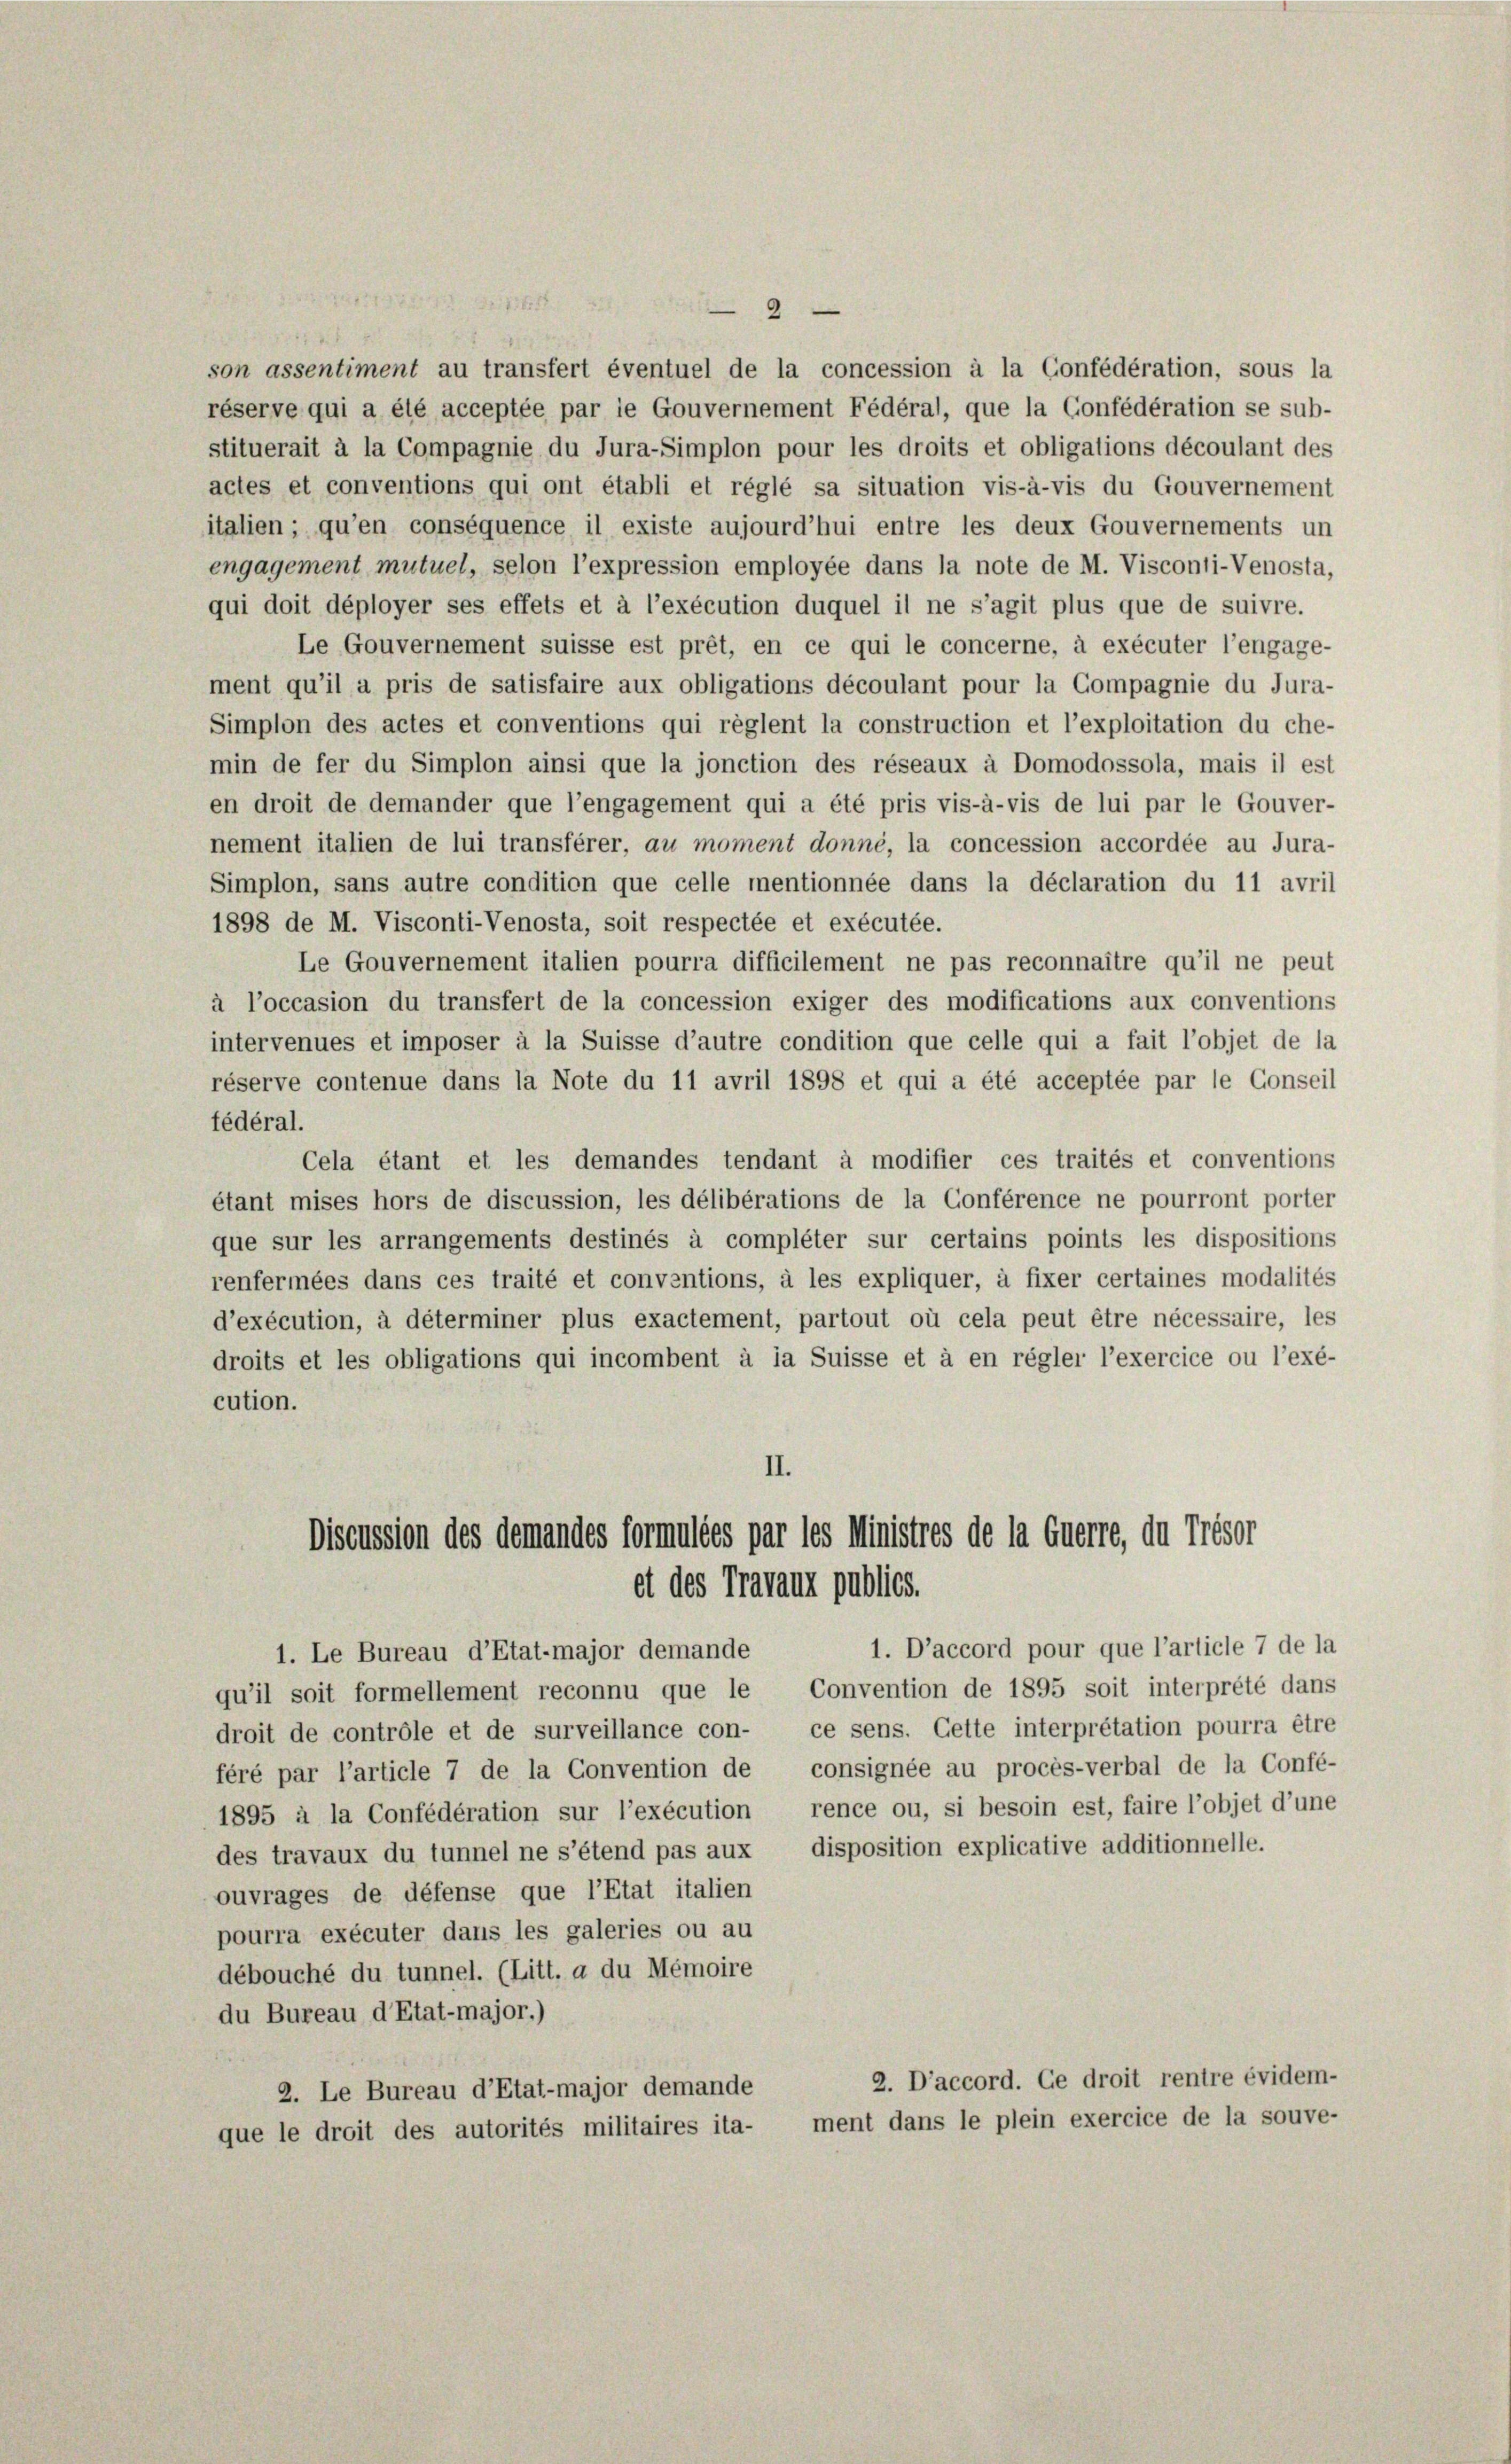
1898 de M. Visconti-Venosta, soit respectée et exécutée.
fédéral.

158
2
son assentiment au transfert éventuel de la concession à la Confédération, sous la
réserve qui a été acceptée par le Gouvernement Fédéral, que la Confédération se sub-
stituerait à la Compagnie du Jura-Simplon pour les droits et obligations découlant des
actes et conventions qui ont établi et réglé sa situation vis-à-vis du Gouvernement
italien ; qu’en conséquence il existe aujourd’hui entre les deux Gouvernements un
engagement mutuel, selon l’expression employée dans la note de M. Visconti-Venosta,
qui doit déployer ses effets et à l’exécution duquel il ne s’agit plus que de suivre.
Le Gouvernement suisse est prêt, en ce qui le concerne, à exécuter l’engage-
ment qu’il a pris de satisfaire aux obligations découlant pour la Compagnie du Jura-
Simplon des actes et conventions qui règlent la construction et l’exploitation du che-
min de fer du Simplon ainsi que la jonction des réseaux à Domodossola, mais il est
en droit de demander que l’engagement qui a été pris vis-à-vis de lui par le Gouver-
nement italien de lui transfèrer, au moment donné, la concession accordée au Jura-
Simplon, sans autre condition que celle mentionnée dans la déclaration du 11 avril
Le Gouvernement italien pourra difficilement ne pas reconnaître qu’il ne peut
à l’occasion du transfert de la concession exiger des modifications aux conventions
intervenues et imposer à la Suisse d’autre condition que celle qui a fait l’objet de la
réserve contenue dans la Note du 11 avril 1898 et qui a été acceptée par le Conseil
Cela étant et les demandes tendant à modifier ces traités et conventions
étant mises hors de discussion, les délibérations de la Conférence ne pourront porter
que sur les arrangements destinés à compléter sur certains points les dispositions
renfermées dans ces traité et conventions, à les expliquer, à fixer certaines modalités
d’exécution, à déterminer plus exactement, partout où cela peut être nécessaire, les
droits et les obligations qui incombent à la Suisse et à en régler l’exercice ou l’exé-
cution.
II.

Discussion des demandes formulées par les Ministres de la Euerre, du Trésor
et des Travaux publiés.

1. Le Bureau d’Etat-major demande
qu’il soit formellement reconnu que le Convention de 1895 soit interprété dans
droit de contrôle et de surveillance con- ce sens. Cette interprétation pourra être
féré par l’article 7 de la Convention de consignée au procès-verbal de la Confé-
1895 à la Confédération sur l’exécution, rence ou, si besoin est, faire l’objet d’une
des travaux du tunnel ne s’étend pas aux disposition explicative additionnelle.
ouvrages de défense que l’Etat italien
pourra exécuter dans les galeries ou au
débouché du tunnel. (Litt. a du Mémoire
du Bureau d’Etat-major.)
2. D’accord. Ce droit rentre évidem-
2. Le Bureau d’Etat-major demande
ment dans le plein exercice de la souve-
que le droit des autorités militaires ita-

1. D’accord pour que l’article 7 de la